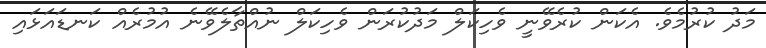
މަދު ކުރުމެވެ. އެކަން ކުރެވޭނީ ވެހިކަލް މަދުކުރަން ވެހިކަލް ނުއްތާލެވޭނެ އުމުރެއް ކަނޑައަޅައި